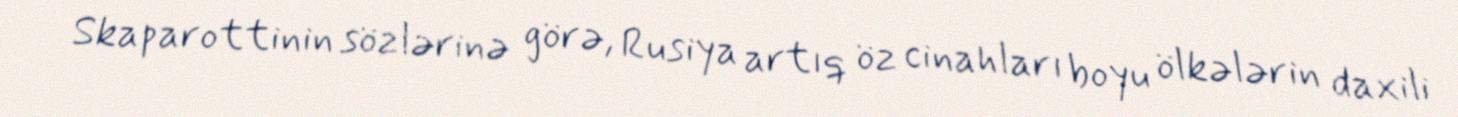
Skaparottinin sözlərinə görə, Rusiya artıq öz cinahları boyu ölkələrin daxili